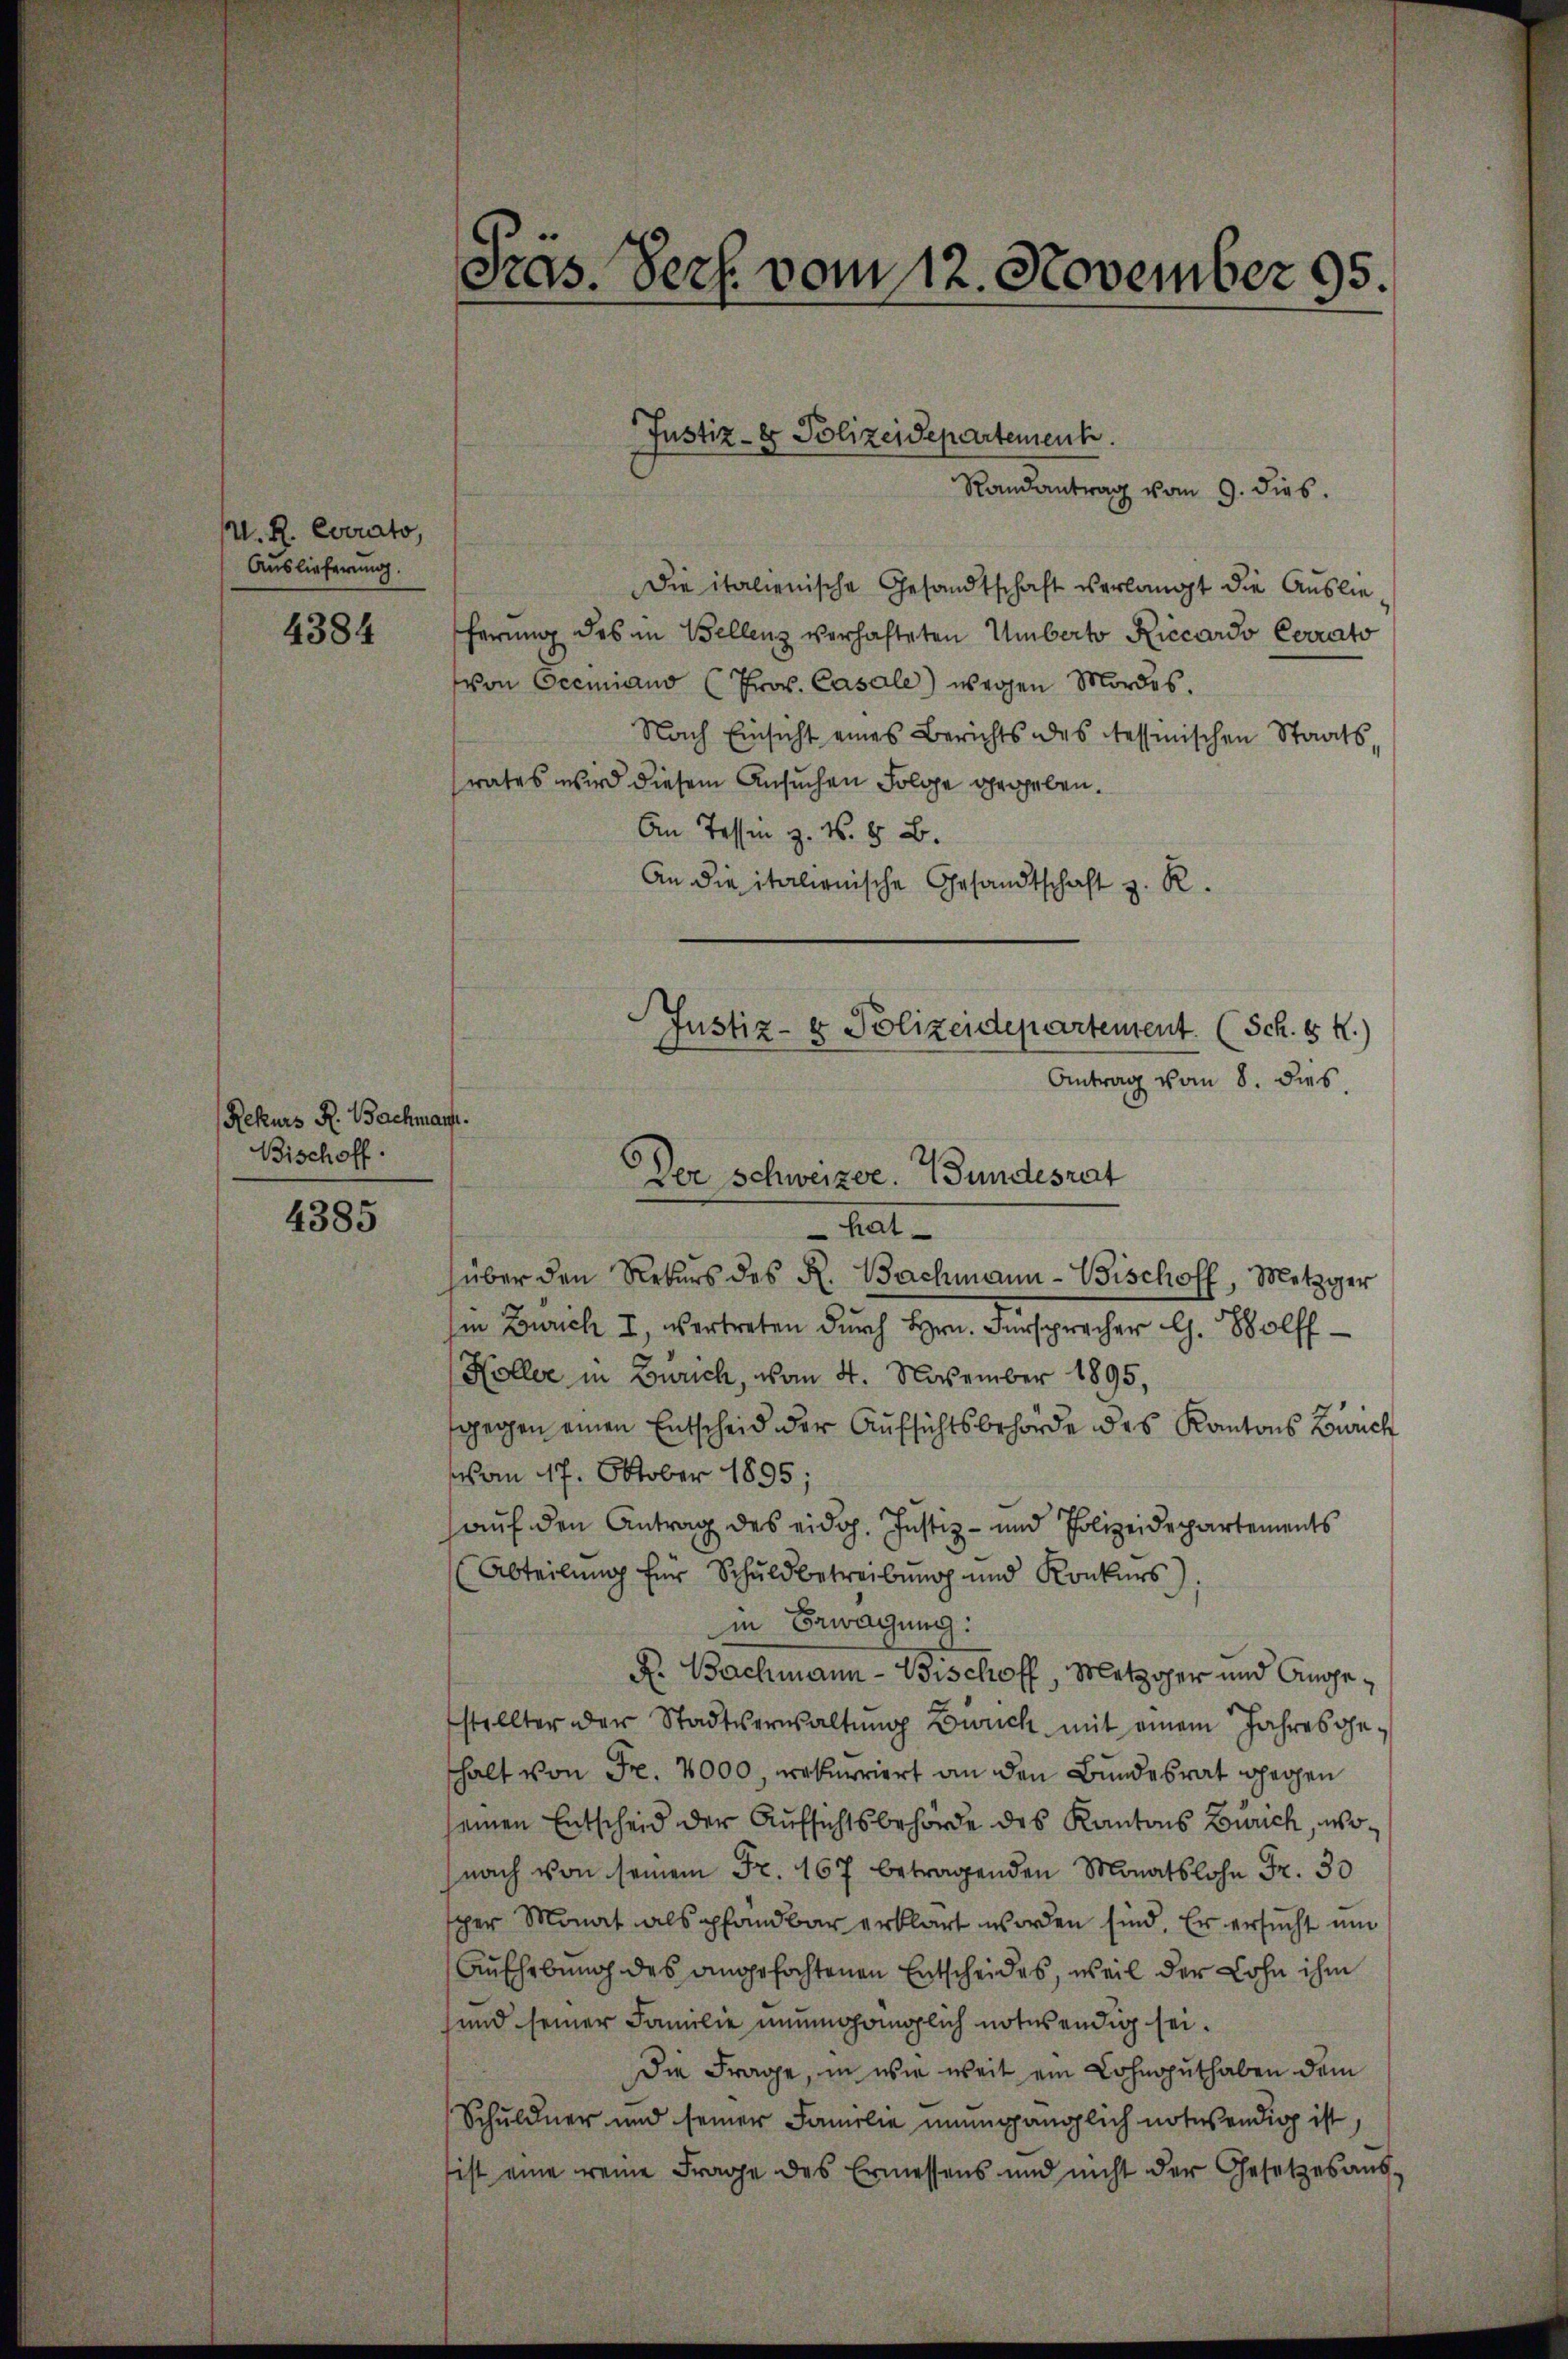
U. R. Everato,
Auslieferung.

4384

Rekurs R. Bachmann.
Bischoff.

4385

Die italienische Gesandtschaft verlangt die Auslieferung des in Bellenz verhafteten Umberto Riccardo Corrato
von Ocemiano (Prov. Casale) wegen Mordes.
Nach Einsicht eines Berichts des Tessinischen Staats-
rates wird diesem Ansuchen Folge gegeben.
An Tessin z. N. 8 B.
An die italienische Gesandtschaft z. R.
Antrag vom 8. dies
hat
über den Rekurs des R. Bachmann-Vischoff, Metzger
hin Zürich I, vertreten durch Hrn. Fürsprecher G. Wolff
Höller in Zürich, vom 4. November 1895,
gegen einen Entscheid der Aufsichtsbehörde des Kantons Zürich
vom 17. Oktober 1895
auf den Antrag des eidg. Justiz- und Polizeidepartements
Abteilung für Schuldbetreibung und Konkurs
in Bewachung:
K. Bachmann - Bischoff, Metzoher und Angestellter der Stadtserwaltŭng Bruch mit einem Jahresgethalt von Fr. 2000, rekurriert an den Bundesrat gegen
seinen Entscheid der Aufsichtsbehörde des Kantons Zürich, wonach von seinem Fr. 167 betragenden Monatslohn Fr. 30
sper Monat als pfandbar erklärt worden sind. Er ersucht und
Aufhebung des angefochtenen Entscheides, weil der Lohn ihm
sund seiner Familie unumgänglich notwendig sei.
Die Frage, in wie weit ein Lohnoputhaben dem
Schuldner und seiner Familie unumgänglich notwendig ist,
ist eine reine Frage des Ermessens und nicht der Gesetzes aŭs-

Pras. Pers. vom 12. November 95.

Justiz- & Polizeidepartement.
Randantrag vom 9. dies

Justiz- & Polizeidepartement. (Sch. 8 K.)
Der Schweizer. Wundesrat